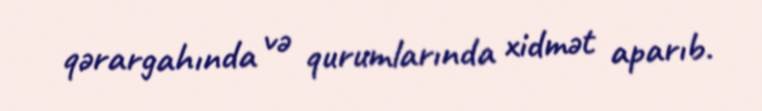
qərargahında və qurumlarında xidmət aparıb.